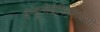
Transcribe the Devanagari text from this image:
इम्यूनोडेफिशियेंसी